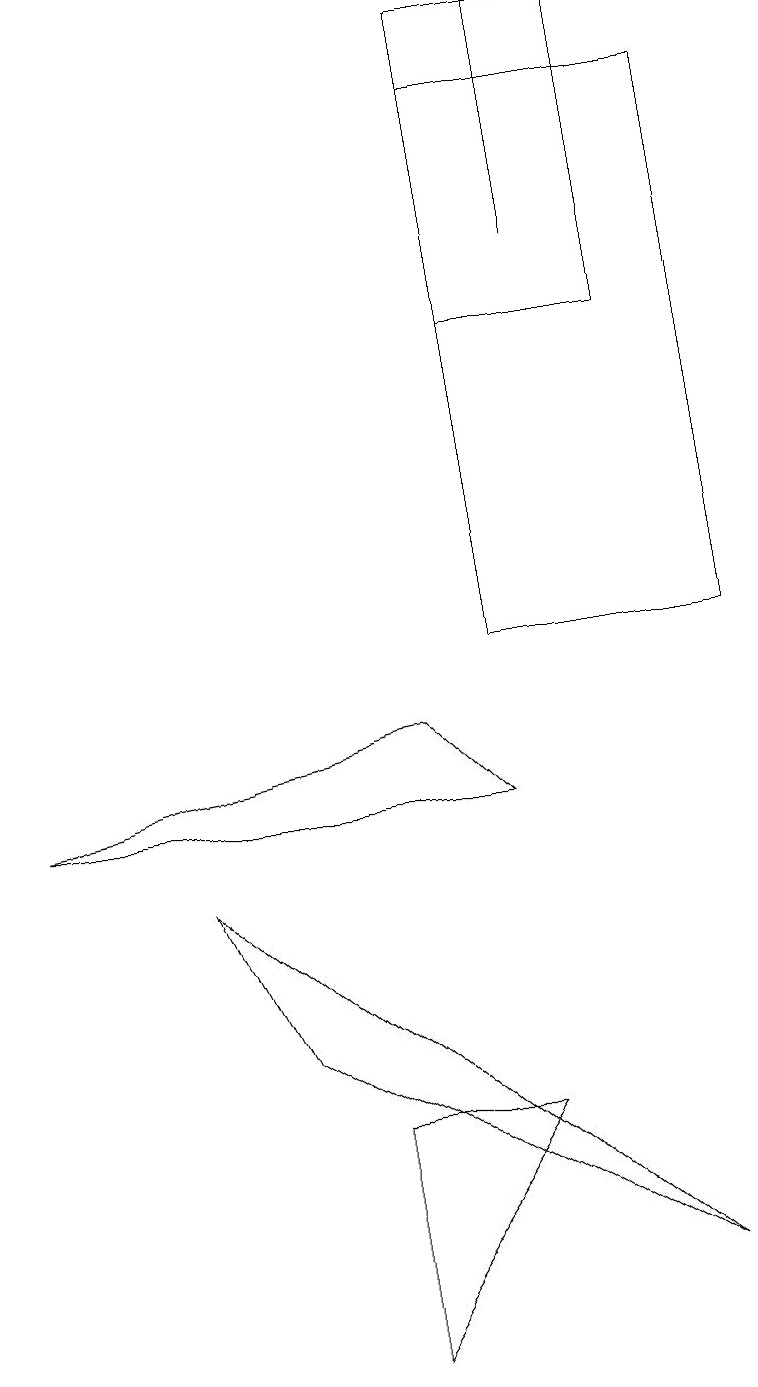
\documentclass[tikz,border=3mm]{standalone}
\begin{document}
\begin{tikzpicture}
\draw (0,8) -- (5,9) -- (6,8) -- cycle;
\draw (7,15) rectangle (7,18);
\draw (4,4) -- (6,4) -- (4,1) -- cycle;
\draw (6,10) rectangle (9,17);
\draw (3,5) -- (2,7) -- (8,2) -- cycle;
\draw (8,18) rectangle (6,14);
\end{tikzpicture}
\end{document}